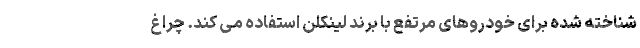
شناخته شده برای خودروهای مرتفع با برند لینکلن استفاده می کند. چراغ